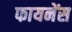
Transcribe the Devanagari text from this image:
फायनेंस